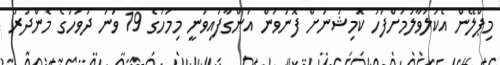
މިޕްލޭން އެކުލަވާލުމަށްފަހު ކޮމިޝަނަށް ފޮނުވަން އަންގާފައިވަނީ މިމަހުގެ 19 ވަނަ ދުވަހުގެ މެންދުރު